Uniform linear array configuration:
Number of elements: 8
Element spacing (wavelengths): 0.25
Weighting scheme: binomial
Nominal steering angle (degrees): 30
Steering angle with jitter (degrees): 30.092
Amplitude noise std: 0.05
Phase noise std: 0.05

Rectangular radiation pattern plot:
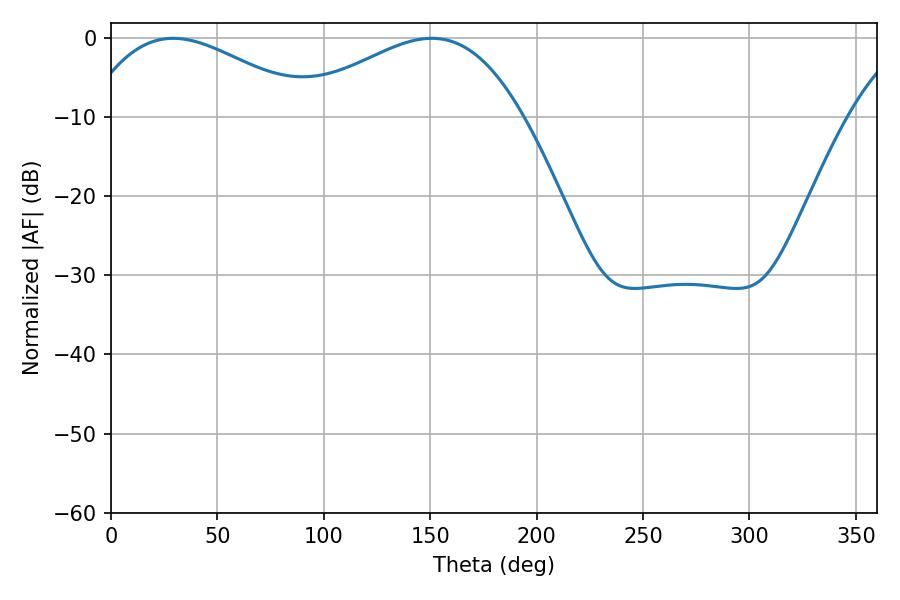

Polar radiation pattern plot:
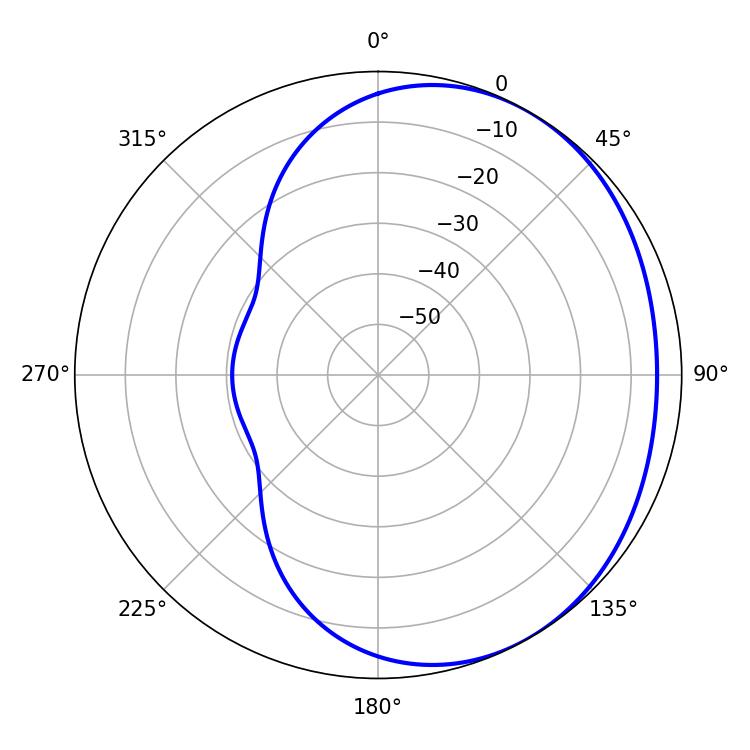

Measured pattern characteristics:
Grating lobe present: FALSE
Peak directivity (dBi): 2.29
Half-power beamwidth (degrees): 58.5
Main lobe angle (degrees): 29.16